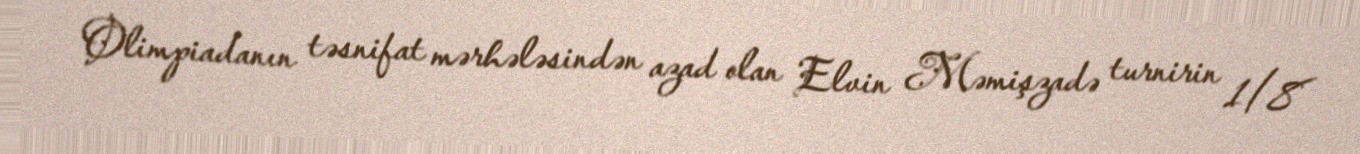
Olimpiadanın təsnifat mərhələsindən azad olan Elvin Məmişzadə turnirin 1/8